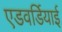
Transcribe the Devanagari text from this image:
एडवर्डियाई